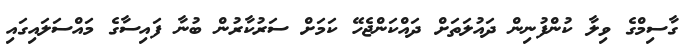
ގާސިމްގެ ވިލާ ކުންފުނިން ދައުލަތަށް ދައްކަންޖެހޭ ކަމަށް ސަރުކާރުން ބުނާ ފައިސާގެ މައްސަލައިގައި